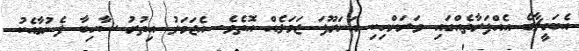
އެބަގީޗާގެ އެއްފަރާތެއްގައި ވަރަށްހިކި އަނަރޫފަ ޖަމަލެއް އޮތެވެ. އެޖަމަލު އިތުރު ސާހިބާ ފެނުމާއެކު